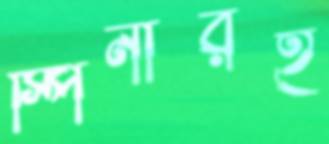
স্পিনারই